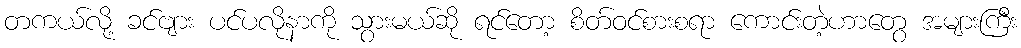
တကယ်လို့ ခင်ဗျား ပင်ပလိုနာကို သွားမယ်ဆို ရင်တော့ စိတ်ဝင်စားစရာ ကောင်းတဲ့ဟာတွေ အများကြီး